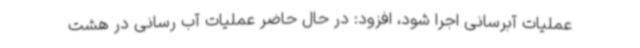
عملیات آبرسانی اجرا شود، افزود: در حال حاضر عملیات آب رسانی در هشت